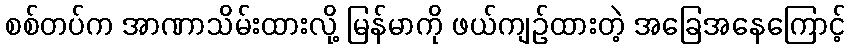
စစ်တပ်က အာဏာသိမ်းထားလို့ မြန်မာကို ဖယ်ကျဉ်ထားတဲ့ အခြေအနေကြောင့်